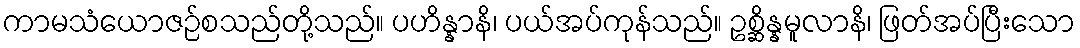
ကာမသံယောဇဉ်စသည်တို့သည်။ ပဟိန္နာနိ၊ ပယ်အပ်ကုန်သည်။ ဥစ္ဆိန္နမူလာနိ၊ ဖြတ်အပ်ပြီးသော